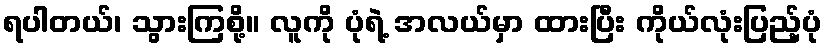
ရပါတယ်၊ သွားကြစို့။ လူကို ပုံရဲ့ အလယ်မှာ ထားပြီး ကိုယ်လုံးပြည့်ပုံ